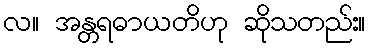
လ။ အန္တရဓာယတိဟု ဆိုသတည်း။